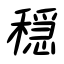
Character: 穏